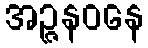
အဉ္ဇနဝနေ